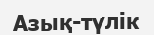
Азық-түлік